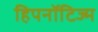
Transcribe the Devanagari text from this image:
हिपनॉटिज्म